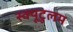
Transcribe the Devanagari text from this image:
स्क्यूटुलम